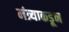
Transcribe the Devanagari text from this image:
मंत्र्याकडून